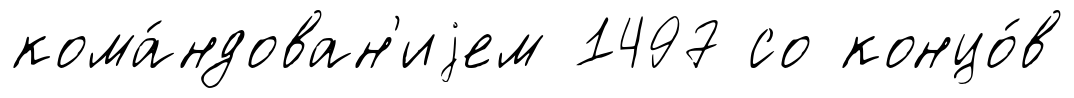
кома́ндован'иjем 1497 со концо́в